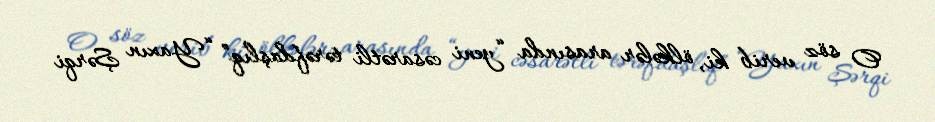
O söz verib ki, ölkələr arasında “yeni cəsarətli tərəfdaşlıq” “Yaxın Şərqi